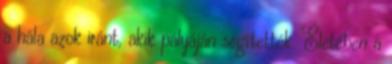
a hála azok iránt, akik pályáján segítették. Életében a